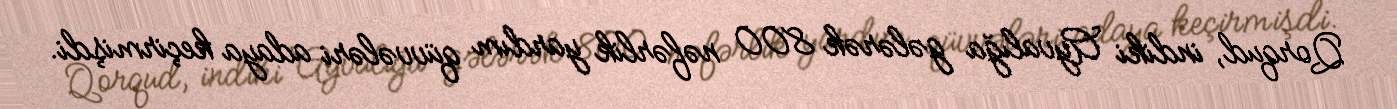
Qorqud, indiki Ayvalığa gələrək 800 nəfərlik yardım qüvvələri adaya keçirmişdi.